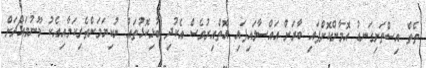
ތެތް އިސްތަށިގަނޑު އޮމާންކޮށްފައި ބާރަށް އައްސާލައިފައި އޮތްއިރުވެސް އެކުދި ބުޅިކޮޅުތައް ނުކިޔަމަންތެރިކަމާއިއެކު މޫނުމައްޗަށް